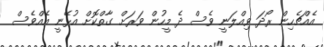
އެއްޗެހިން ރޯދަ ވިއްލަނީ ވެސް ދެ މީހުން ވަރަށް ގާތްކޮށް އުޅޭނީ އެއްވެސް